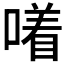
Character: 𪢂